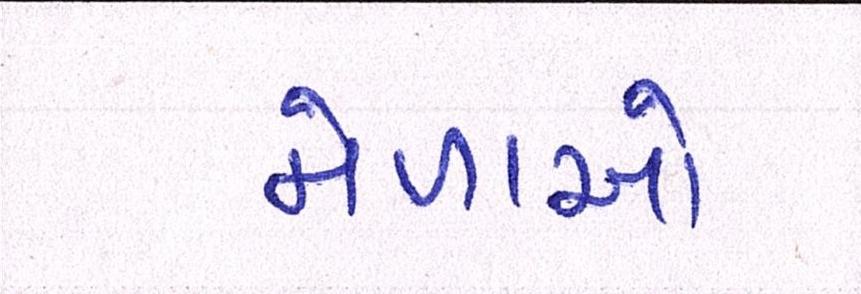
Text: મેળાઓ